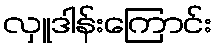
လှူဒါန်းကြောင်း